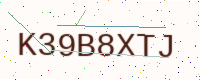
Text: K39B8XTJ